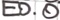
Text: E0.0